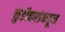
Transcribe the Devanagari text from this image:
कुर्डीकरांकडून